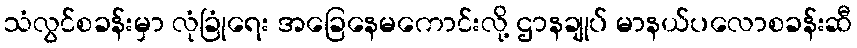
သံလွင်စခန်းမှာ လုံခြုံရေး အခြေနေမကောင်းလို့ ဌာနချုပ် မာနယ်ပလောစခန်းဆီ